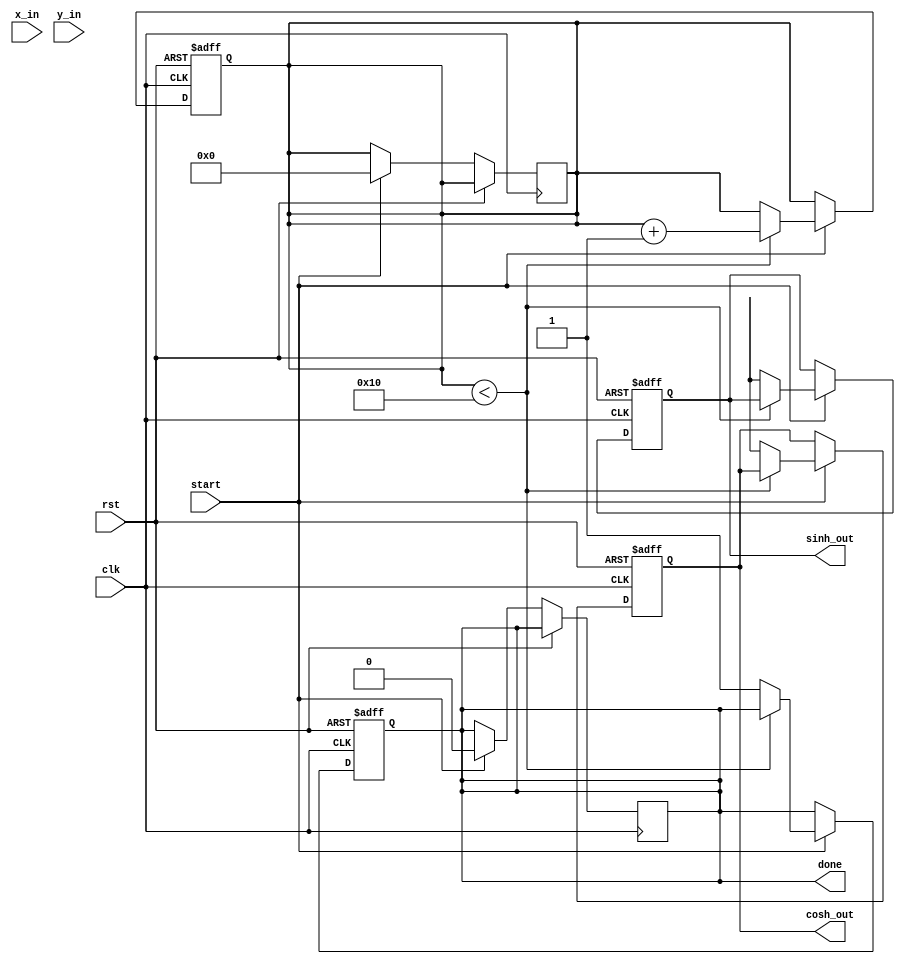
module hyperbolic_cordic (
    input wire clk,
    input wire rst,
    input wire start,
    input wire [15:0] x_in, // Input for cosh
    input wire [15:0] y_in, // Input for sinh
    output reg [15:0] cosh_out,
    output reg [15:0] sinh_out,
    output reg done
);

    // Parameters
    parameter NUM_ITERATIONS = 16;
    parameter ANGLE_WIDTH = 16;

    // Internal Registers
    reg [15:0] x[0:NUM_ITERATIONS-1];
    reg [15:0] y[0:NUM_ITERATIONS-1];
    reg [ANGLE_WIDTH-1:0] angles[0:NUM_ITERATIONS-1];
    reg [3:0] iteration;
    reg [15:0] scaling_factor;

    // Initialize angles for arctanh
    initial begin
        angles[0] = 16'h1; // 1
        angles[1] = 16'h2; // 2
        angles[2] = 16'h4; // 4
        angles[3] = 16'h8; // 8
        angles[4] = 16'h10; // 16
        angles[5] = 16'h20; // 32
        angles[6] = 16'h40; // 64
        angles[7] = 16'h80; // 128
        angles[8] = 16'h100; // 256
        angles[9] = 16'h200; // 512
        angles[10] = 16'h400; // 1024
        angles[11] = 16'h800; // 2048
        angles[12] = 16'h1000; // 4096
        angles[13] = 16'h2000; // 8192
        angles[14] = 16'h4000; // 16384
        angles[15] = 16'h8000; // 32768
    end

    // Scaling factor for CORDIC
    initial begin
        scaling_factor = 16'hBFFF; // Approximation for 1/sqrt(2)
    end

    // CORDIC Iteration Logic
    always @(posedge clk or posedge rst) begin
        if (rst) begin
            iteration <= 0;
            cosh_out <= 0;
            sinh_out <= 0;
            done <= 0;
        end else if (start) begin
            if (iteration < NUM_ITERATIONS) begin
                // Perform CORDIC rotation
                if (y[iteration] < 0) begin
                    x[iteration + 1] <= x[iteration] - (y[iteration] >>> iteration);
                    y[iteration + 1] <= y[iteration] + (x[iteration] >>> iteration);
                end else begin
                    x[iteration + 1] <= x[iteration] + (y[iteration] >>> iteration);
                    y[iteration + 1] <= y[iteration] - (x[iteration] >>> iteration);
                end
                iteration <= iteration + 1;
            end else begin
                // Final output calculation
                cosh_out <= x[NUM_ITERATIONS];
                sinh_out <= y[NUM_ITERATIONS] * scaling_factor; // Apply scaling
                done <= 1;
            end
        end
    end

    // Initialize inputs
    always @(posedge clk or posedge rst) begin
        if (rst) begin
            x[0] <= 0;
            y[0] <= 0;
        end else if (start) begin
            x[0] <= x_in;
            y[0] <= y_in;
            iteration <= 0;
            done <= 0;
        end
    end

endmodule